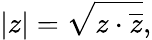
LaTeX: |z|={\sqrt{z\cdot{\overline{{z}}}}},